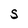
Character: s